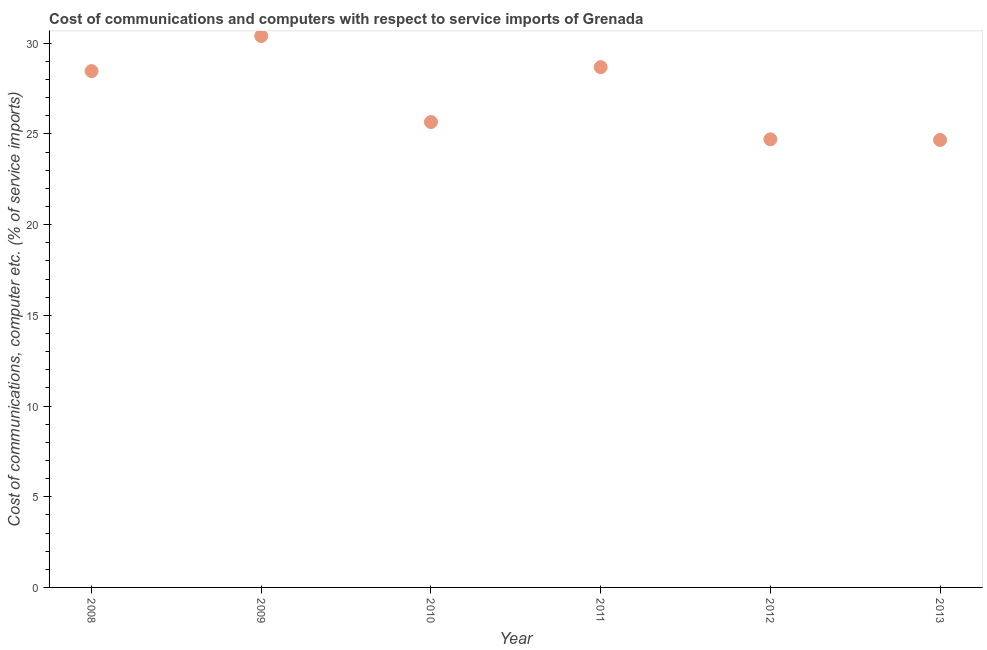
| Year | Communications |
 | --- | --- |
 | 2008 | 28.5 |
 | 2009 | 30.4 |
 | 2010 | 25.7 |
 | 2011 | 28.7 |
 | 2012 | 24.7 |
 | 2013 | 24.7 |